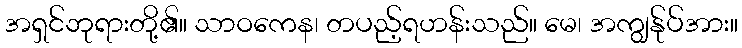
အရှင်ဘုရားတို့၏။ သာဝကေန၊ တပည့်ရဟန်းသည်။ မေ၊ အကျွန်ုပ်အား။